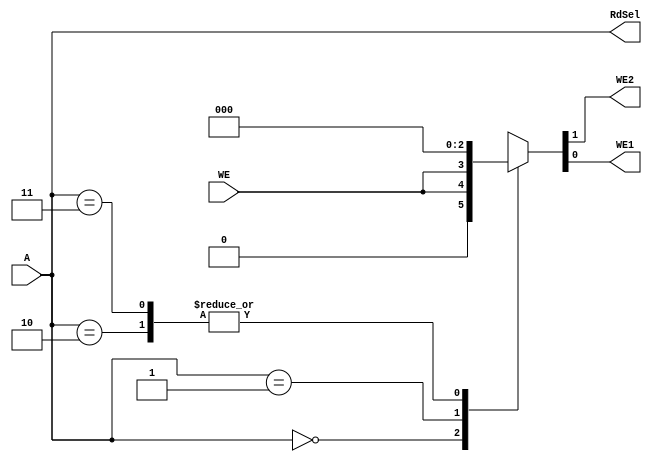
`timescale 1ns / 1ps
//////////////////////////////////////////////////////////////////////////////////
// Company: 
// Engineer: 
// 
// Design Name: 
// Module Name: fact_ad
// Project Name: 
// Target Devices: 
// Tool Versions: 
// Description: 
// 
// Dependencies: 
// 
// Revision:
// Revision 0.01 - File Created
// Additional Comments:
// 
//////////////////////////////////////////////////////////////////////////////////


module fact_ad(
    input [1:0]A,
    input WE,
    output reg WE2, WE1, 
    output [1:0]RdSel
    );
    
    assign RdSel = A;
    
    always @( WE, A ) begin
        case (A)
            2'b00: {WE2, WE1} = {1'b0, WE};
            2'b01: {WE2, WE1} = {WE, 1'b0};
            2'b10: {WE2, WE1} = 2'b00;
            2'b11: {WE2, WE1} = 2'b00;
            default: {WE2, WE1} = 2'bxx ;
        endcase
    end
    
endmodule